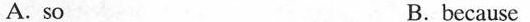
A. so B.because